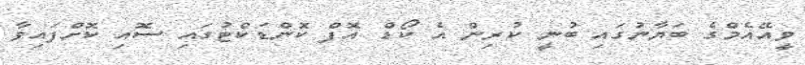
ވީއޭއެމްގެ ބަޔާނުގައި ބުނީ ކުރިން އެ ކޯޑް އޮފް ކޮންޑަކްޓުގައި ސޮއި ކޮށްފައިވާ